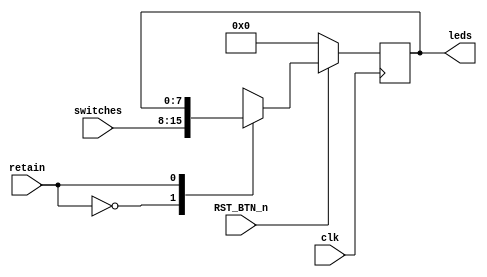
module FDCE #(parameter N=8)
(	input clk,
	input RST_BTN_n,
	input [N-1:0] switches,
	input retain,
	output [N-1:0] leds
);

    reg [N-1:0] Q, Q_next;
    
    assign reset = ~RST_BTN_n;
    assign leds = Q;

	always @(posedge clk) begin
	   if (reset) begin
	       Q <= 2'd0;
	   end else begin
	       Q <= Q_next;
	   end
	end

	always @(*) begin
        Q_next = Q;
        
		case (retain)
		  1'b0: 	  Q_next = switches;
		  1'b1: 	  ;
        endcase
	end

endmodule